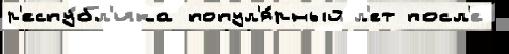
р'еспу́бл'ика попул'я́рный л'ет посл'е